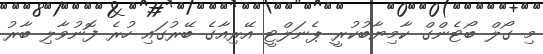
މި ގޯލް ބޯޓެންގް ކާމިޔާބުކުރީ ޕެނަލްޓީ އޭރިއާގެ ބޭރުގައި ހުރެ ފޮނުވާލި ބާރު